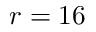
r = 1 6